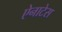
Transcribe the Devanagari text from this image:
ऐनाटेस